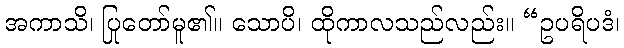
အကာသိ၊ ပြုတော်မူ၏။ သောပိ၊ ထိုကာလသည်လည်း။ “ဥပရိပဒံ၊